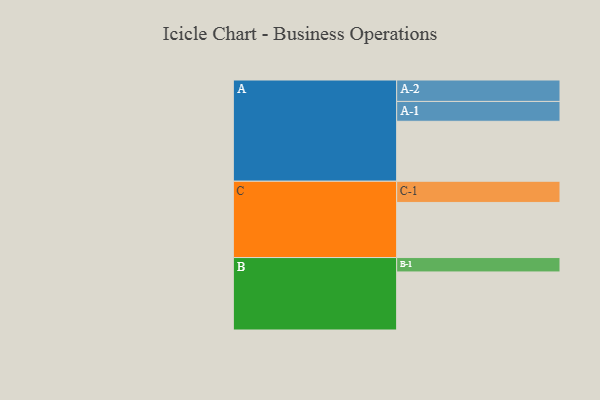
{"axis": {"x": "Segment", "y": "Value"}, "legend": ["", "A", "B", "C"], "data": [{"x": "A", "y": 529, "type": ""}, {"x": "B", "y": 512, "type": ""}, {"x": "C", "y": 486, "type": ""}, {"x": "A-1", "y": 175, "type": "A"}, {"x": "A-2", "y": 189, "type": "A"}, {"x": "B-1", "y": 127, "type": "B"}, {"x": "C-1", "y": 187, "type": "C"}]}